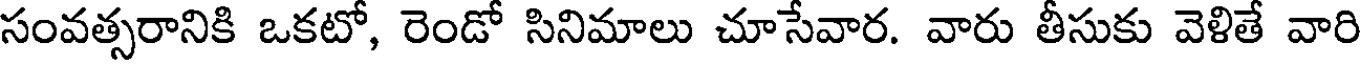
సంవత్సరానికి ఒకటో, రెండో సినిమాలు చూసేవార. వారు తీసుకు వెళితే వారి